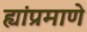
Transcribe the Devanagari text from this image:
ह्यांप्रमाणे